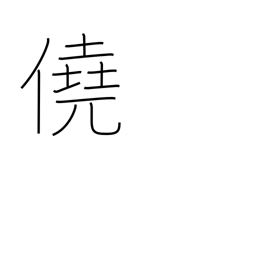
Meaning: luck